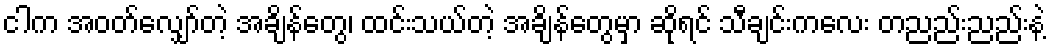
ငါက အဝတ်လျှော်တဲ့ အချိန်တွေ၊ ထင်းသယ်တဲ့ အချိန်တွေမှာ ဆိုရင် သီချင်းကလေး တညည်းညည်းနဲ့